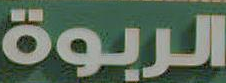
الربوة